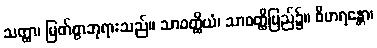
သတ္ထာ၊ မြတ်စွာဘုရားသည်။ သာဝတ္ထိယံ၊ သာဝတ္ထိပြည်၌။ ဝိဟရန္တော၊